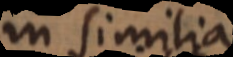
in similia.